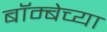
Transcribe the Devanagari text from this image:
बॉम्बेच्या